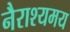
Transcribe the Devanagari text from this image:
नैराश्यमय